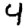
Digit: 4